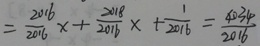
= \frac { 2 0 1 6 } { 2 0 1 6 } x + \frac { 2 0 1 8 } { 2 0 1 6 } x + \frac { 1 } { 2 0 1 6 } = \frac { 4 0 3 4 } { 2 0 1 6 }